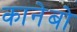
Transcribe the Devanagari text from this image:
कानेबो